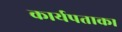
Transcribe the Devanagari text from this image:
कार्यपताका